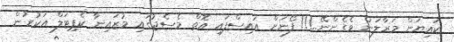
ކައިޔަން މަރާލަން ވެގެންނޭ..!!! ފޯނަށް އައިސްފައި އޮތް މެސެޖުގައި މުޒައިނާ ކެޕިޓަލް އަކުރުން